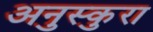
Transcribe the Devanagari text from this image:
अनुस्कुरा